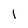
Character: 1